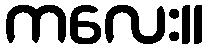
ကလေး။